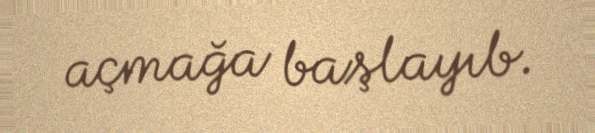
açmağa başlayıb.